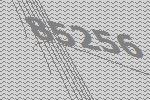
85256